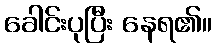
ခေါင်းပုပြီး နေရ၏။